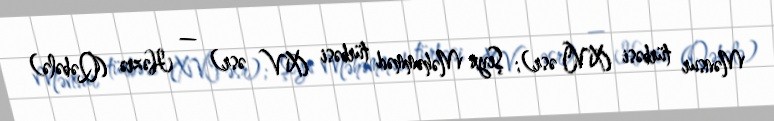
Mənsur türbəsi (XVI əsr); Şeyx Məhəmməd türbəsi (XV əsr) — Həzrə (Qəbələ)